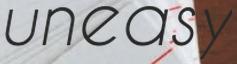
uneasy